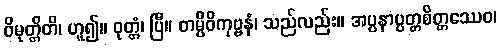
ဝိမုတ္တိတိ၊ ဟူ၍။ ဝုတ္တံ၊ ပြီ။ တမ္ပိဝိကုဗ္ဗနံ၊ သည်လည်း။ အပ္ပနာပ္ပတ္တစိတ္တဿေဝ၊